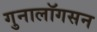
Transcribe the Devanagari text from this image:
गुनालॉगसन